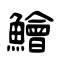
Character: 鱠